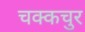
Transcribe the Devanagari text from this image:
चक्कचुर